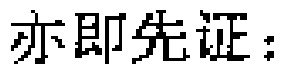
亦即先证：